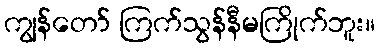
ကျွန်တော် ကြက်သွန်နီမကြိုက်ဘူး။